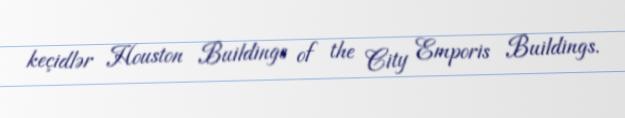
keçidlər Houston Buildings of the City Emporis Buildings.